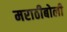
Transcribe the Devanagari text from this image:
मराठीबोली